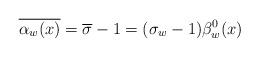
LaTeX: \begin{align*} \overline{\alpha_w(x)} = \overline{\sigma} - 1 = (\sigma_w-1)\beta_w^0(x) \end{align*}